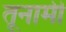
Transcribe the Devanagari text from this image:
तूनामी